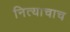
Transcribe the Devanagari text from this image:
नित्याचाच